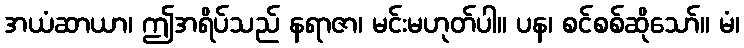
အယံဆာယာ၊ ဤအရိပ်သည် နရာဇာ၊ မင်းမဟုတ်ပါ။ ပန၊ စင်စစ်ဆိုသော်။ မံ၊